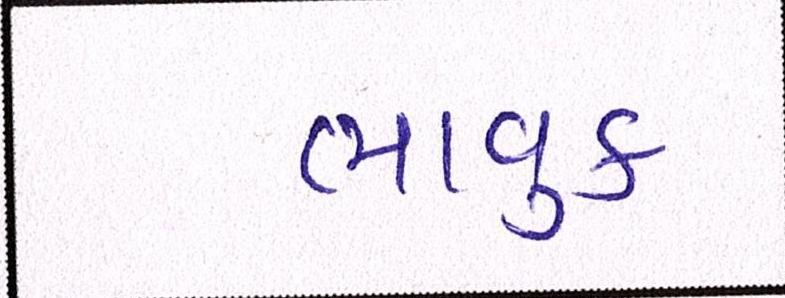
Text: ભાવુક